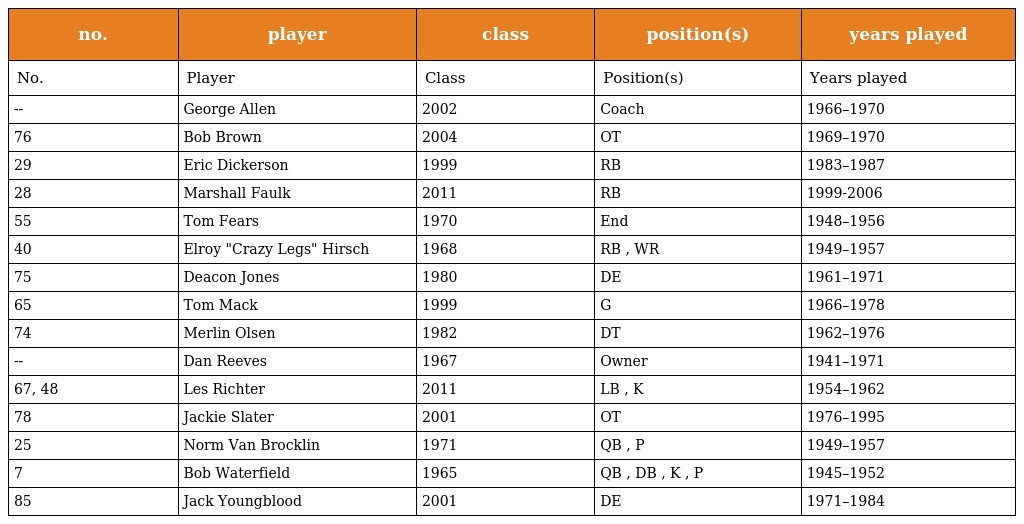
| no. | player | class | position(s) | years played |
 | --- | --- | --- | --- | --- |
 | No. | Player | Class | Position(s) | Years played |
 | -- | George Allen | 2002 | Coach | 1966–1970 |
 | 76 | Bob Brown | 2004 | OT | 1969–1970 |
 | 29 | Eric Dickerson | 1999 | RB | 1983–1987 |
 | 28 | Marshall Faulk | 2011 | RB | 1999-2006 |
 | 55 | Tom Fears | 1970 | End | 1948–1956 |
 | 40 | Elroy "Crazy Legs" Hirsch | 1968 | RB , WR | 1949–1957 |
 | 75 | Deacon Jones | 1980 | DE | 1961–1971 |
 | 65 | Tom Mack | 1999 | G | 1966–1978 |
 | 74 | Merlin Olsen | 1982 | DT | 1962–1976 |
 | -- | Dan Reeves | 1967 | Owner | 1941–1971 |
 | 67, 48 | Les Richter | 2011 | LB , K | 1954–1962 |
 | 78 | Jackie Slater | 2001 | OT | 1976–1995 |
 | 25 | Norm Van Brocklin | 1971 | QB , P | 1949–1957 |
 | 7 | Bob Waterfield | 1965 | QB , DB , K , P | 1945–1952 |
 | 85 | Jack Youngblood | 2001 | DE | 1971–1984 |